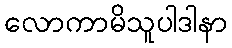
လောကာမိသူပါဒါနာ